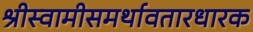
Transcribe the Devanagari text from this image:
श्रीस्वामीसमर्थावतारधारक